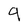
Character: 9